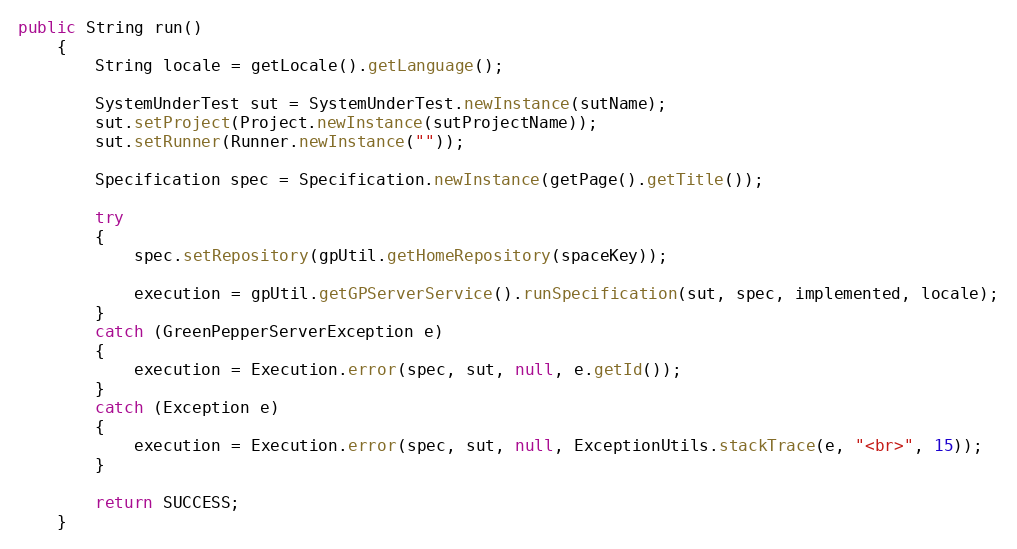
Language: Java
public String run()
    {
		String locale = getLocale().getLanguage();

		SystemUnderTest sut = SystemUnderTest.newInstance(sutName);
		sut.setProject(Project.newInstance(sutProjectName));
		sut.setRunner(Runner.newInstance(""));

		Specification spec = Specification.newInstance(getPage().getTitle());

		try
		{
			spec.setRepository(gpUtil.getHomeRepository(spaceKey));

        	execution = gpUtil.getGPServerService().runSpecification(sut, spec, implemented, locale);
        }
        catch (GreenPepperServerException e)
        {
            execution = Execution.error(spec, sut, null, e.getId());
        }
        catch (Exception e)
        {
            execution = Execution.error(spec, sut, null, ExceptionUtils.stackTrace(e, "<br>", 15));
        }

        return SUCCESS;
    }